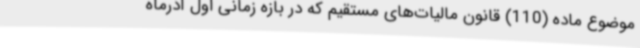
موضوع ماده (110) قانون مالیات‌های مستقیم که در بازه زمانی اول آذرماه